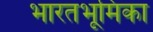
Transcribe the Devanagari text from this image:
भारतभूमिका